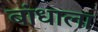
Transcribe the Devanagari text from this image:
बांधाला